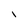
Character: i